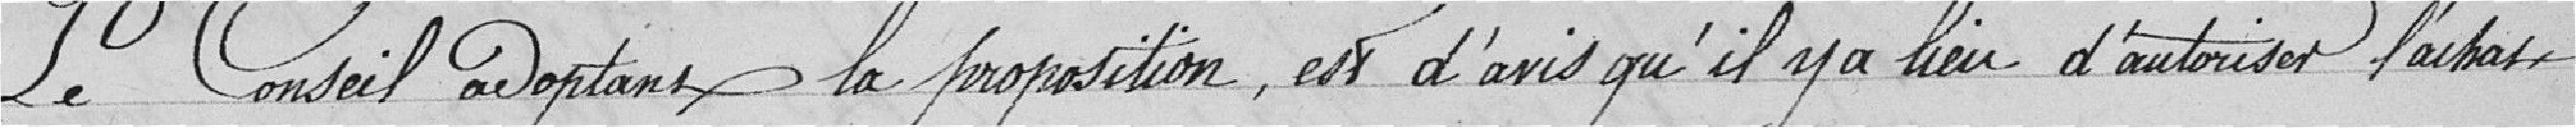
Le conseil adoptant la proposition, est d'avis qu'il y a lieu d'autoriser l'achat